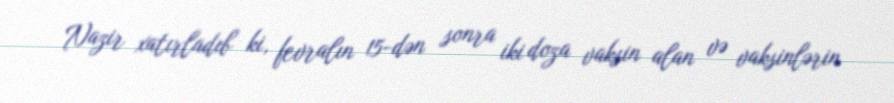
Nazir xatırladıb ki, fevralın 15-dən sonra iki doza vaksin alan və vaksinlərin